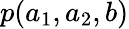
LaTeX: p(a_{1},a_{2},b)